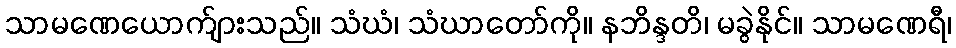
သာမဏေယောက်ျားသည်။ သံဃံ၊ သံဃာတော်ကို။ နဘိန္ဒတိ၊ မခွဲနိုင်။ သာမဏေရီ၊